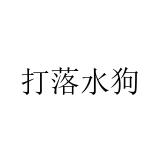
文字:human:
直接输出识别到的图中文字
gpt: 打落水狗